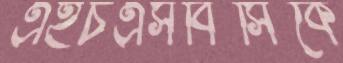
এইচএসবিসিকে